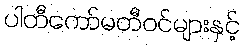
ပါတီကော်မတီဝင်များနှင့်